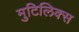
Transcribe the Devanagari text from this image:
मुटिलिक्स